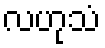
လဟုသံ